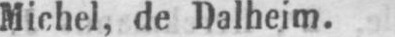
Michel, de Dalheim.